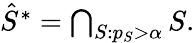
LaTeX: \begin{array}{r}{\hat{S}^{*}=\bigcap_{S:p_{S}>\alpha}S.}\end{array}